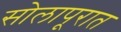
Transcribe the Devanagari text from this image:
सोलापूरात